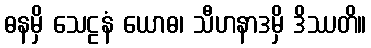
ဓနမှိ သေဠနံ ယောဓ၊ သီဟနာဒမှိ ဒိဿတိ။